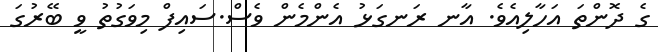
ގެ ދޮންތަ އަހާލިއެވެ. އާނ ރަނގަޅު އެންމެން ވެސް.ސައިފް މިވަގުތު ވީ ބޭރުގަ